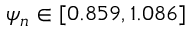
\psi _ { n } \in [ 0 . 8 5 9 , 1 . 0 8 6 ]